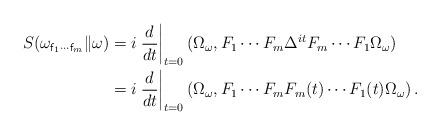
LaTeX: \begin{align*} S(\omega_{ {\sf f}_1\cdots {\sf f}_m} \| \omega) & = i \left. \frac{d}{dt} \right|_{t = 0} (\Omega_\omega,F_1 \cdots F_m \Delta^{it} F_m \cdots F_1 \Omega_\omega) \\ & = i \left. \frac{d}{dt} \right|_{t = 0} (\Omega_\omega,F_1 \cdots F_m F_m(t)\cdots F_1(t) \Omega_\omega) \,.\end{align*}